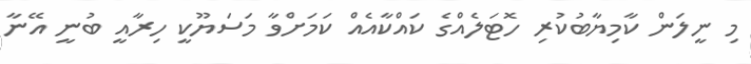
މި ނީލަން ކާމިޔާބުކުރި ހޮޓަލެއްގެ ކައްކާއެއް ކަމަށްވާ މަސަޔޫކީ ހިރާއީ ބުނީ އޭނާ